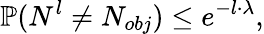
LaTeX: \mathbb{P}(N^{l}\neq N_{obj})\le e^{-l\cdot\lambda},